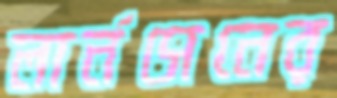
লার্নসেনের